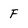
Character: F